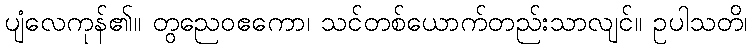
ပျံလေကုန်၏။ တွညေဝဧကော၊ သင်တစ်ယောက်တည်းသာလျင်။ ဥပါသတိ၊